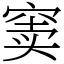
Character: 窦